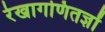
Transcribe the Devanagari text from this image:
रेखागणितज्ञों